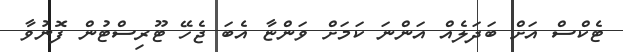
ޓެކްސް އަށް ބަދަލެއް އަންނަ ކަމަށް ވަންޏާ އެބަ ޖެހޭ ޓޫރިސްޓުން ފޮނުވާ